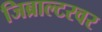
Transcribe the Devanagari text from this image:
जिब्राल्टरवर